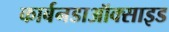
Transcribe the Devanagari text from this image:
कार्बनडाऑक्साइड